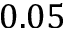
0 . 0 5